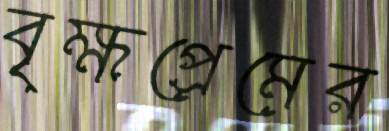
বৃক্ষপ্রেমের